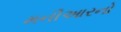
મનીઆરનો